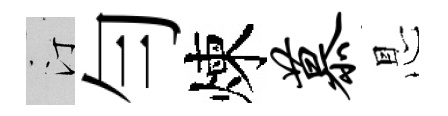
汀勻煉慕㤙